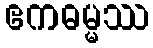
ဧကဓမ္မဿ